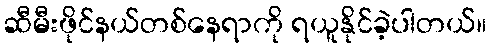
ဆီမီးဖိုင်နယ်တစ်နေရာကို ရယူနိုင်ခဲ့ပါတယ်။